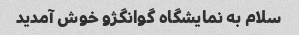
سلام به نمایشگاه گوانگژو خوش آمدید